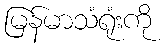
မြန်မာသံရုံးကို